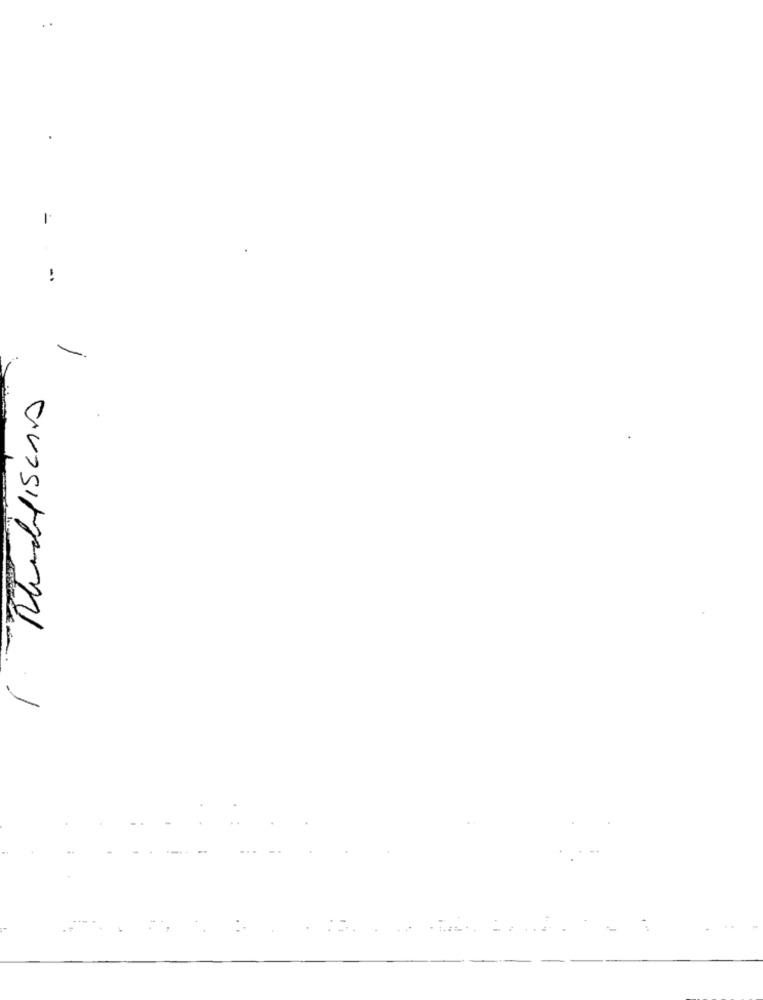
-
Rhufiscais
1